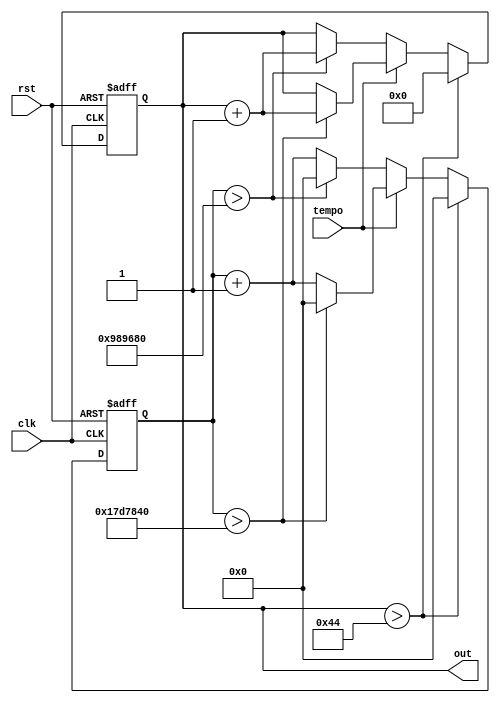
module counter(clk, rst, tempo, out);

input clk, rst, tempo;

output reg [6:0]out;
reg [25:0]clkcount;

always @(posedge clk or negedge rst)
begin
	if(rst == 1'b0)
	begin
		out <= 7'd0;
		clkcount <= 26'd0;
	end
	else
		if(out > 7'd68)
		begin	
			out <= 7'd0;
			clkcount <= 26'd0;
		end
		else
		begin
			if(tempo == 1'b1)
			begin
				if(clkcount > 26'd25000000)
				begin
					clkcount <= 26'd0;
					out <= out+ 1'b1;
				end
				else				
					clkcount <= clkcount + 1'b1;
			end
			else
						begin
				if(clkcount > 26'd10000000)
				begin
					clkcount <= 26'd0;
					out <= out+ 1'b1;
				end
				else				
					clkcount <= clkcount + 1'b1;
			end
			
		end
	end
		


endmodule